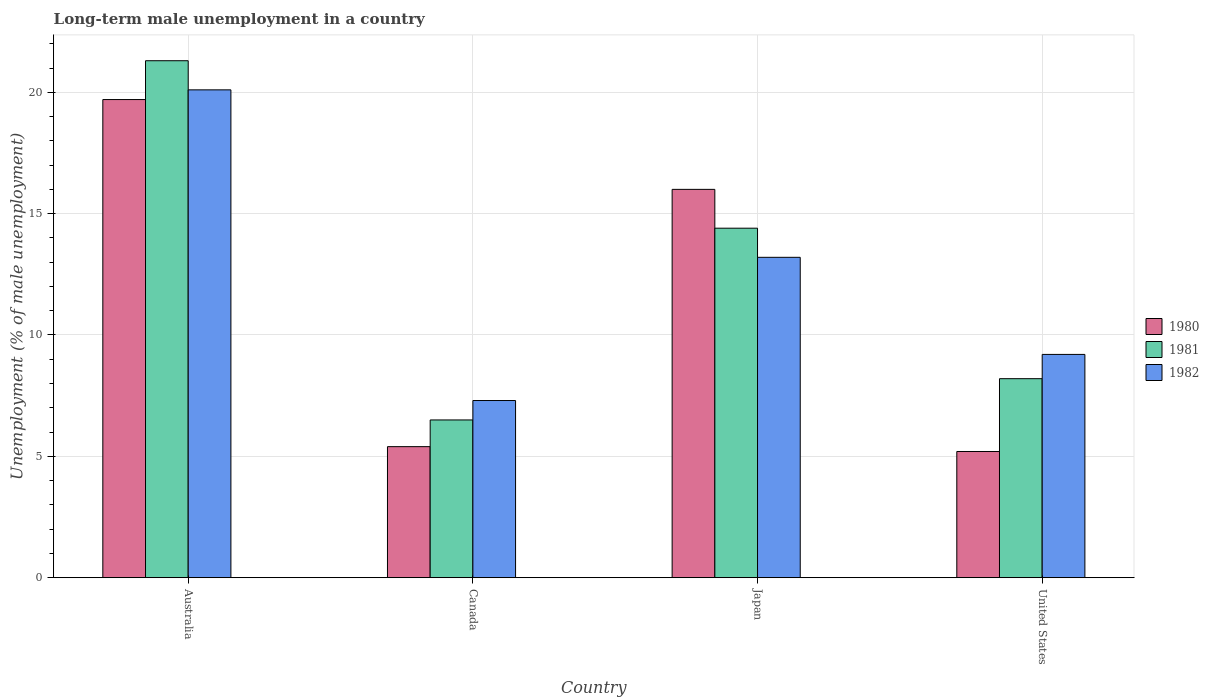
| Country | 1980 | 1981 | 1982 |
 | --- | --- | --- | --- |
 | Australia | 19.7 | 21.3 | 20.1 |
 | Canada | 5.4 | 6.5 | 7.3 |
 | Japan | 16 | 14.4 | 13.2 |
 | United States | 5.2 | 8.2 | 9.2 |